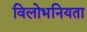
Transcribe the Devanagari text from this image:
विलोभनियता